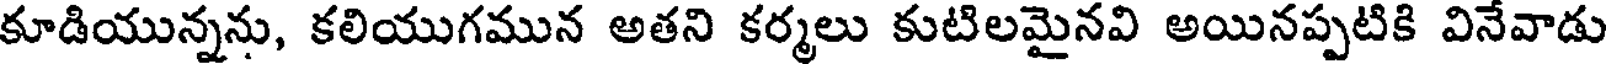
కూడియున్నను, కలియుగమున అతని కర్మలు కుటిలమైనవి అయినప్పటికి వినేవాడు